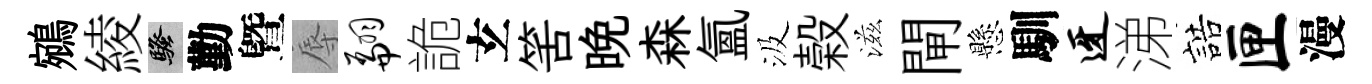
鵷綾騷勤曁辱翩詭𤣥筈晩森氳汲榖滋閘懸馴迓涕誥匣漫